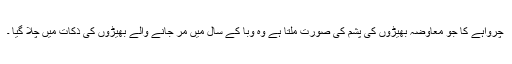
چرواہے کا جو معاوضہ بھیڑوں کی پشم کی صورت ملتا ہے وہ وبا کے سال میں مر جانے والے بھیڑوں کی ذکات میں چلا گیا ۔